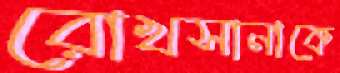
রোখসানাকে